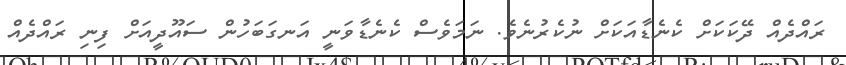
ރައްދެއް ދޭކަކަށް ކެނެޑާއަކަށް ނުކެރުނެވެ. ނަމަވެސް ކެނެޑާވަނީ އަނގަބަހުން ސައޫދީއަށް ފިނި ރައްދެއް